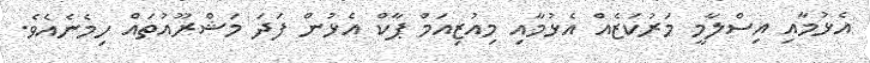
އެޅުމާއި އިސްލާމީ މަރުކަޒެއް އެޅުމާއި މިއުޒިއަމް ޕާކް އެޅުން ފަދަ މަޝްރޫއުތައް ހިމެނެއެވެ.